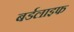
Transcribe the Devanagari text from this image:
बर्डलाइफ